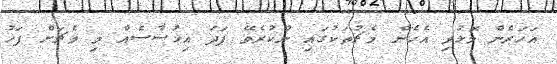
އަހަރެން މޮޅުވި އެހެން މެޗުތަކުގައި ނުކުރެވޭ ފަދަ އިހުސާސެއް މި މެޗަށް ފަހު